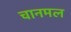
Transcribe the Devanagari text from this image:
चानमल